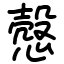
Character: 慤